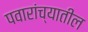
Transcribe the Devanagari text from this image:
पवारांच्यातील